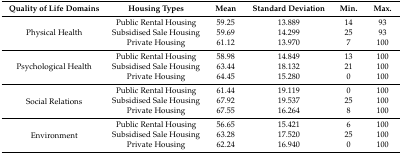
<table><thead><tr><td><b>Quality of Life Domains</b></td><td><b>Housing Types</b></td><td><b>Mean</b></td><td><b>Standard Deviation</b></td><td><b>Min.</b></td><td><b>Max.</b></td></tr></thead><tbody><tr><td rowspan="3">Physical Health</td><td>Public Rental Housing</td><td>59.25</td><td>13.889</td><td>14</td><td>93</td></tr><tr><td>Subsidised Sale Housing</td><td>59.69</td><td>14.299</td><td>25</td><td>93</td></tr><tr><td>Private Housing</td><td>61.12</td><td>13.970</td><td>7</td><td>100</td></tr><tr><td rowspan="3">Psychological Health</td><td>Public Rental Housing</td><td>58.98</td><td>14.849</td><td>13</td><td>100</td></tr><tr><td>Subsidised Sale Housing</td><td>63.44</td><td>18.132</td><td>21</td><td>100</td></tr><tr><td>Private Housing</td><td>64.45</td><td>15.280</td><td>0</td><td>100</td></tr><tr><td rowspan="3">Social Relations</td><td>Public Rental Housing</td><td>61.44</td><td>19.119</td><td>0</td><td>100</td></tr><tr><td>Subsidised Sale Housing</td><td>67.92</td><td>19.537</td><td>25</td><td>100</td></tr><tr><td>Private Housing</td><td>67.55</td><td>16.264</td><td>8</td><td>100</td></tr><tr><td rowspan="3">Environment</td><td>Public Rental Housing</td><td>56.65</td><td>15.421</td><td>6</td><td>100</td></tr><tr><td>Subsidised Sale Housing</td><td>63.28</td><td>17.520</td><td>25</td><td>100</td></tr><tr><td>Private Housing</td><td>62.24</td><td>16.940</td><td>0</td><td>100</td></tr></tbody></table>